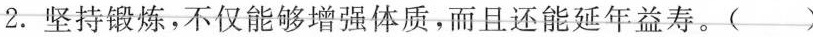
2.坚持锻炼，不仅能够增强体质，而且还能延年益寿。()